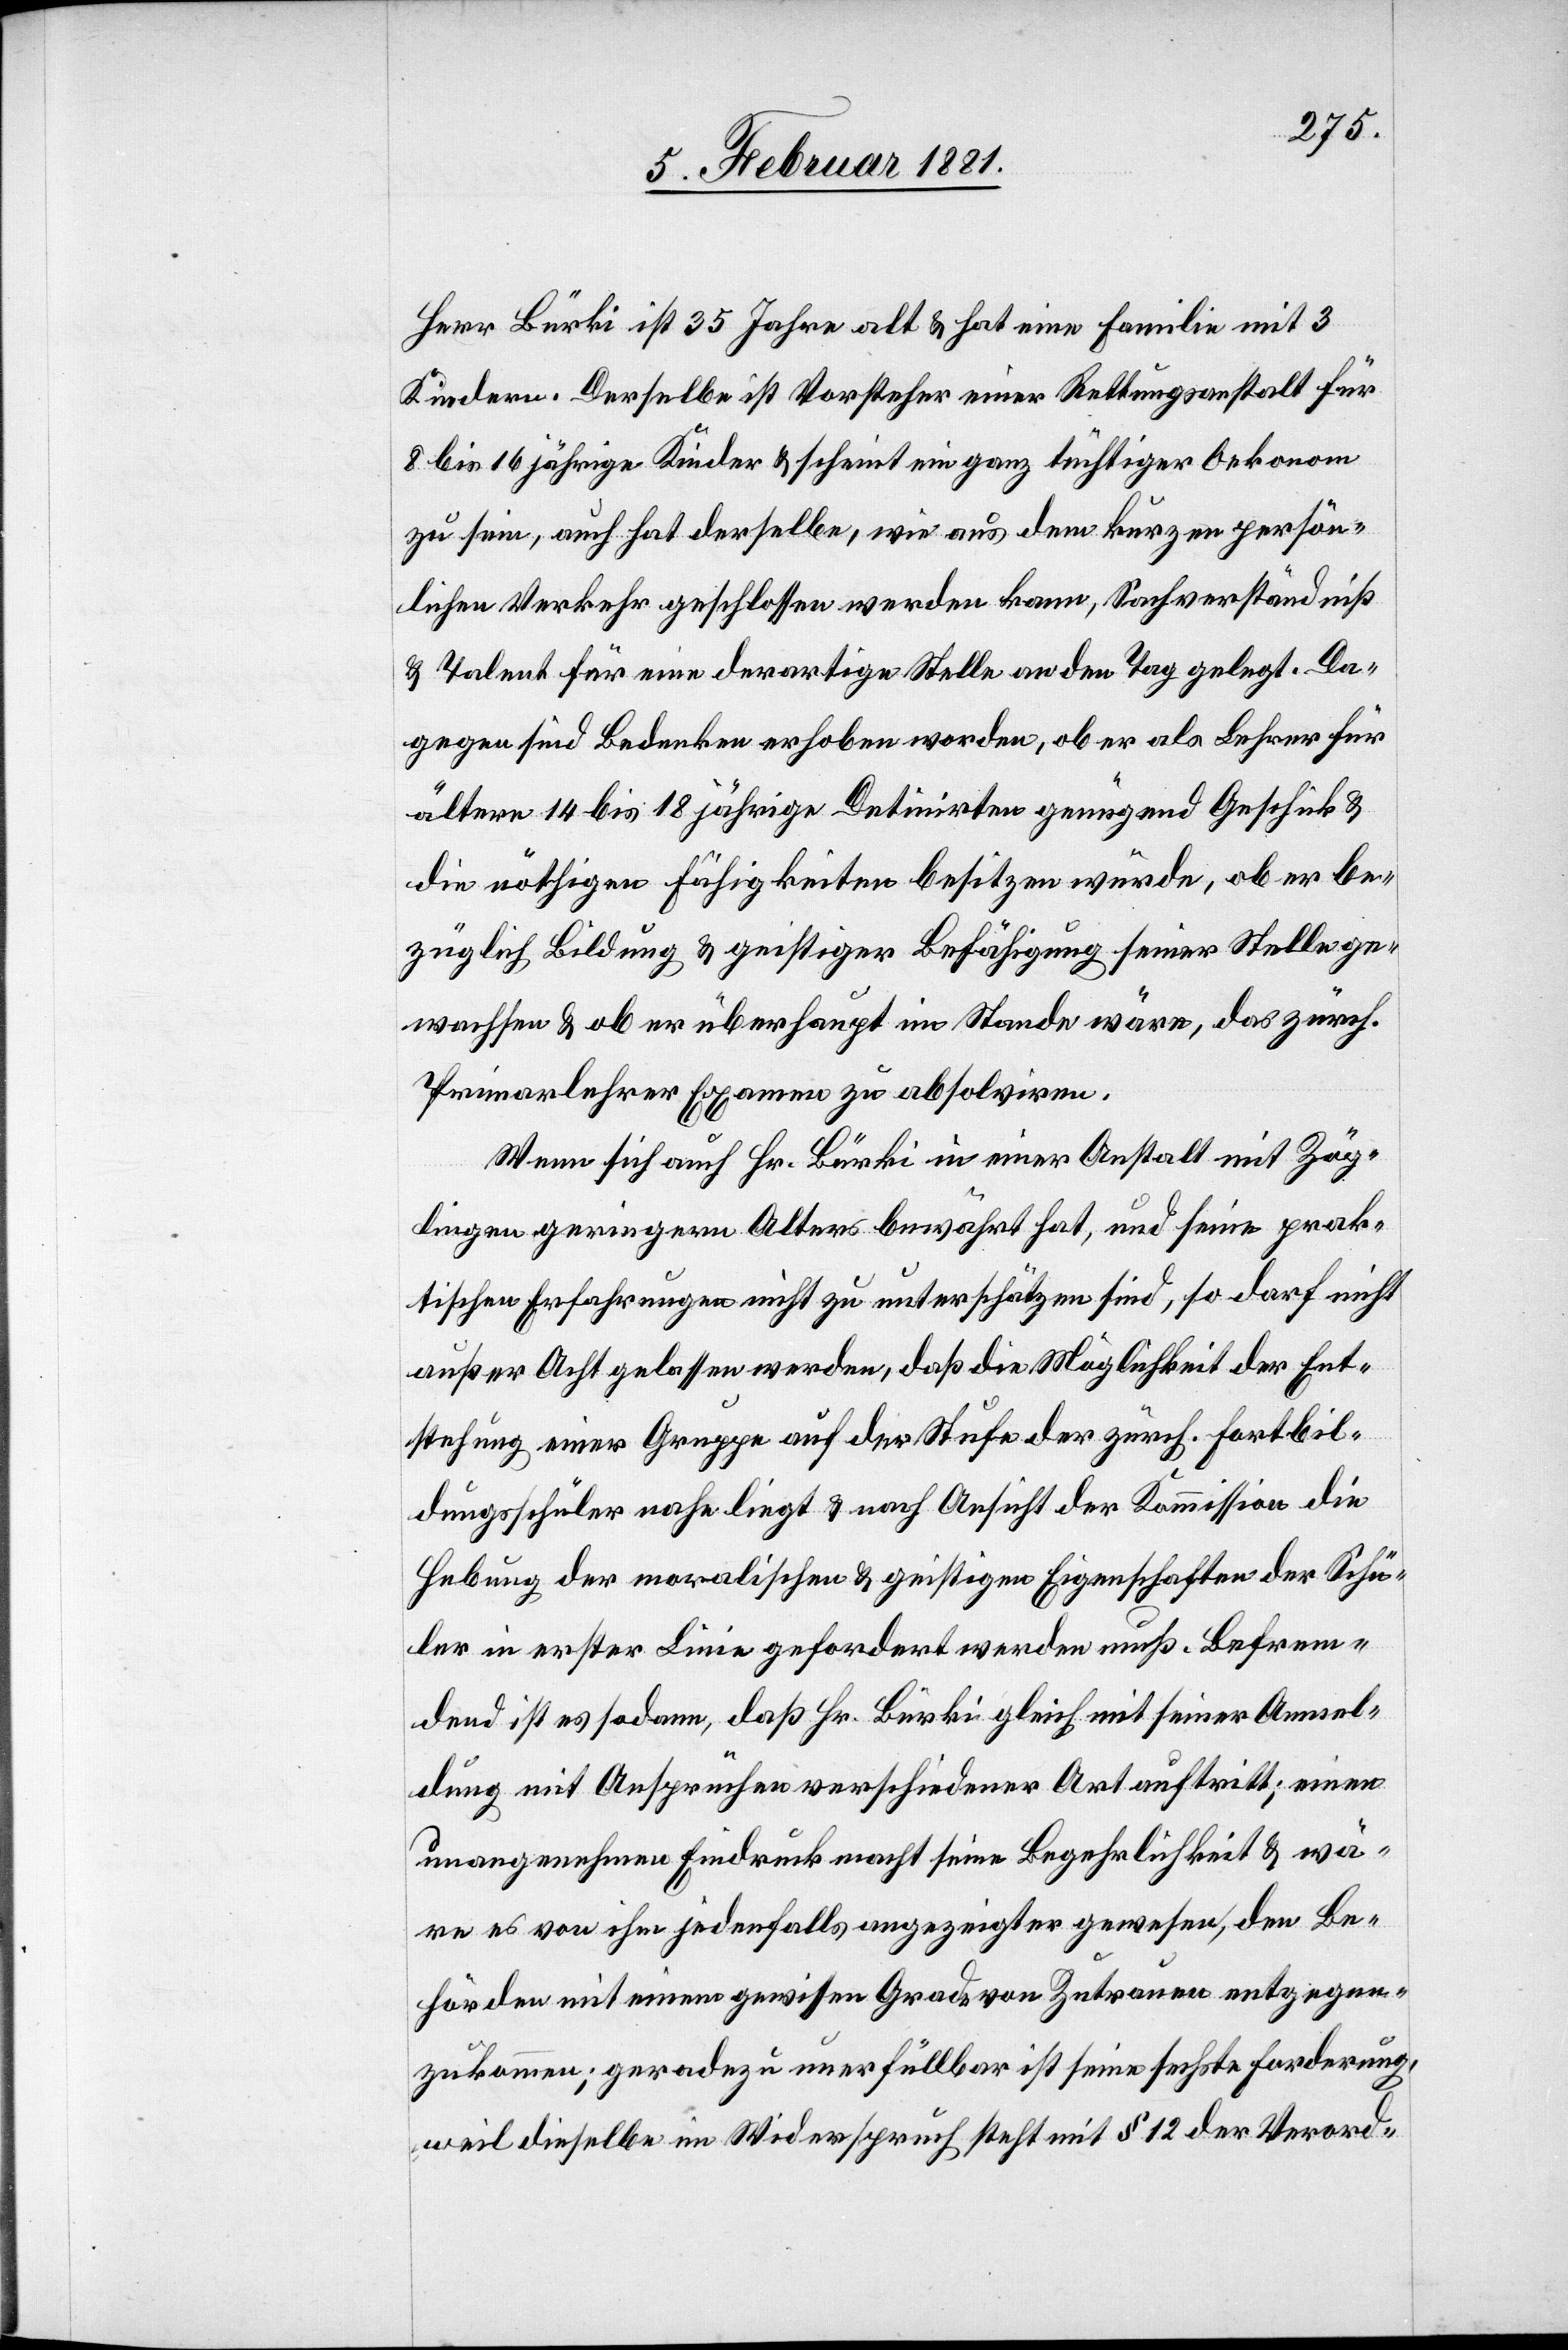
Herr Bürki ist 35 Jahre alt & hat eine Familie mit 3
Kindern. Derselbe ist Vorsteher einer Rettungsanstalt für
8 bis 16 jährige Kinder & scheint ein ganz tüchtiger Oekonom
zu sein, auch hat derselbe, wie aus dem kurzen persön¬
lichen Verkehr geschlossen werden kann, Sachverständniß
& Talent für eine derartige Stelle an den Tag gelegt. Da¬
gegen sind Bedenken erhoben worden, ob er als Lehrer für
ältere 14 bis 18 jährige Detinirten genügend Geschick &
die nöthigen Fähigkeiten besitzen würde, ob er be¬
züglich Bildung & geistiger Befähigung seiner Stelle ge¬
wachsen & ob er überhaupt im Stande wäre, das zürch.
Primarlehrer Examen zu absolviren.
Wenn sich auch Hr. Bürki in einer Anstalt mit Zög¬
lingen geringern Alters bewährt hat, und seine prak¬
tischen Erfahrungen nicht zu unterschätzen sind, so darf nicht
außer Acht gelassen werden, daß die Möglichkeit der Ent¬
stehung einer Gruppe auf der Stufe der zürch. Fortbil¬
dungsschüler nahe liegt & nach Ansicht der Kommission die
Hebung der moralischen & geistigen Eigenschaften der Schü¬
ler in erster Linie gefordert werden muß. Befrem¬
dend ist es sodann, daß Hr. Bürki gleich mit seiner Anmel¬
dung mit Ansprüchen verschiedener Art auftritt; einen
unangenehmen Eindruck macht seine Begehrlichkeit & wä¬
re es von ihm jedenfalls angezeigter gewesen, den Be¬
hörden mit einem gewissen Grad von Zutrauen entgegen¬
zukommen; geradezu unerfüllbar ist seine sechste Forderung,
weil dieselbe im Widerspruch steht mit § 12 der Verord-